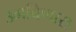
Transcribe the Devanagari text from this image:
उगविणारा